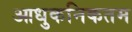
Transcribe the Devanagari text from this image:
आधुकनिकतम